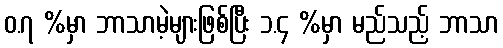
ဝ.၇ %မှာ ဘာသာမဲ့များဖြစ်ပြီး ၁.၄ %မှာ မည်သည့် ဘာသာ